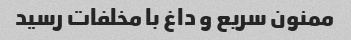
ممنون سریع و داغ با مخلفات رسید